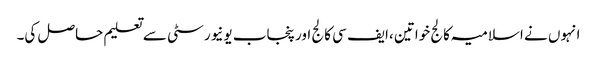
انہوں نے اسلامیہ کالج خواتین ،ایف سی کالج اور پنجاب یونیورسٹی سے تعلیم حاصل کی۔